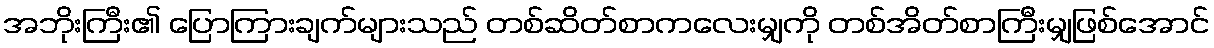
အဘိုးကြီး၏ ပြောကြားချက်များသည် တစ်ဆိတ်စာကလေးမျှကို တစ်အိတ်စာကြီးမျှဖြစ်အောင်